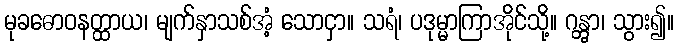
မုခဓောဝနတ္ထာယ၊ မျက်နှာသစ်အံ့ သောငှာ။ သရံ၊ ပဒုမ္မာကြာအိုင်သို့။ ဂန္တွာ၊ သွား၍။